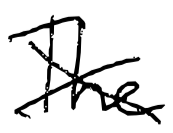
Text: The
Cross-out: cross
Writing tool: digital_black